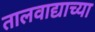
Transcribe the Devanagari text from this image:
तालवाद्याच्या